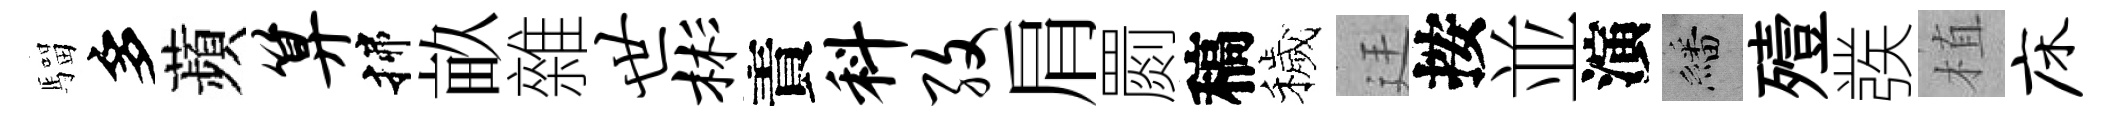
騮多蘋算揲畝雜世彬責料孜肩罽稿穢廷按並演繙殪彂植床